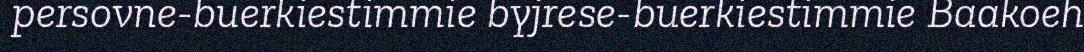
persovne-buerkiestimmie byjrese-buerkiestimmie Baakoeh